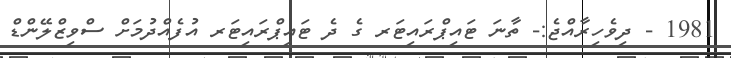
1981 - ދިވެހިރާއްޖެ:- ތާނަ ޓައިޕްރައިޓަރ ގެ ދެ ޓައިޕްރައިޓަރ އުފެއްދުމަށް ސްވިޒްލޭންޑް